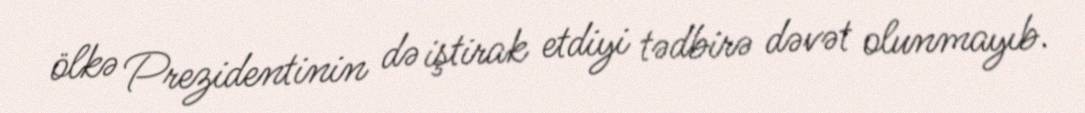
ölkə Prezidentinin də iştirak etdiyi tədbirə dəvət olunmayıb.